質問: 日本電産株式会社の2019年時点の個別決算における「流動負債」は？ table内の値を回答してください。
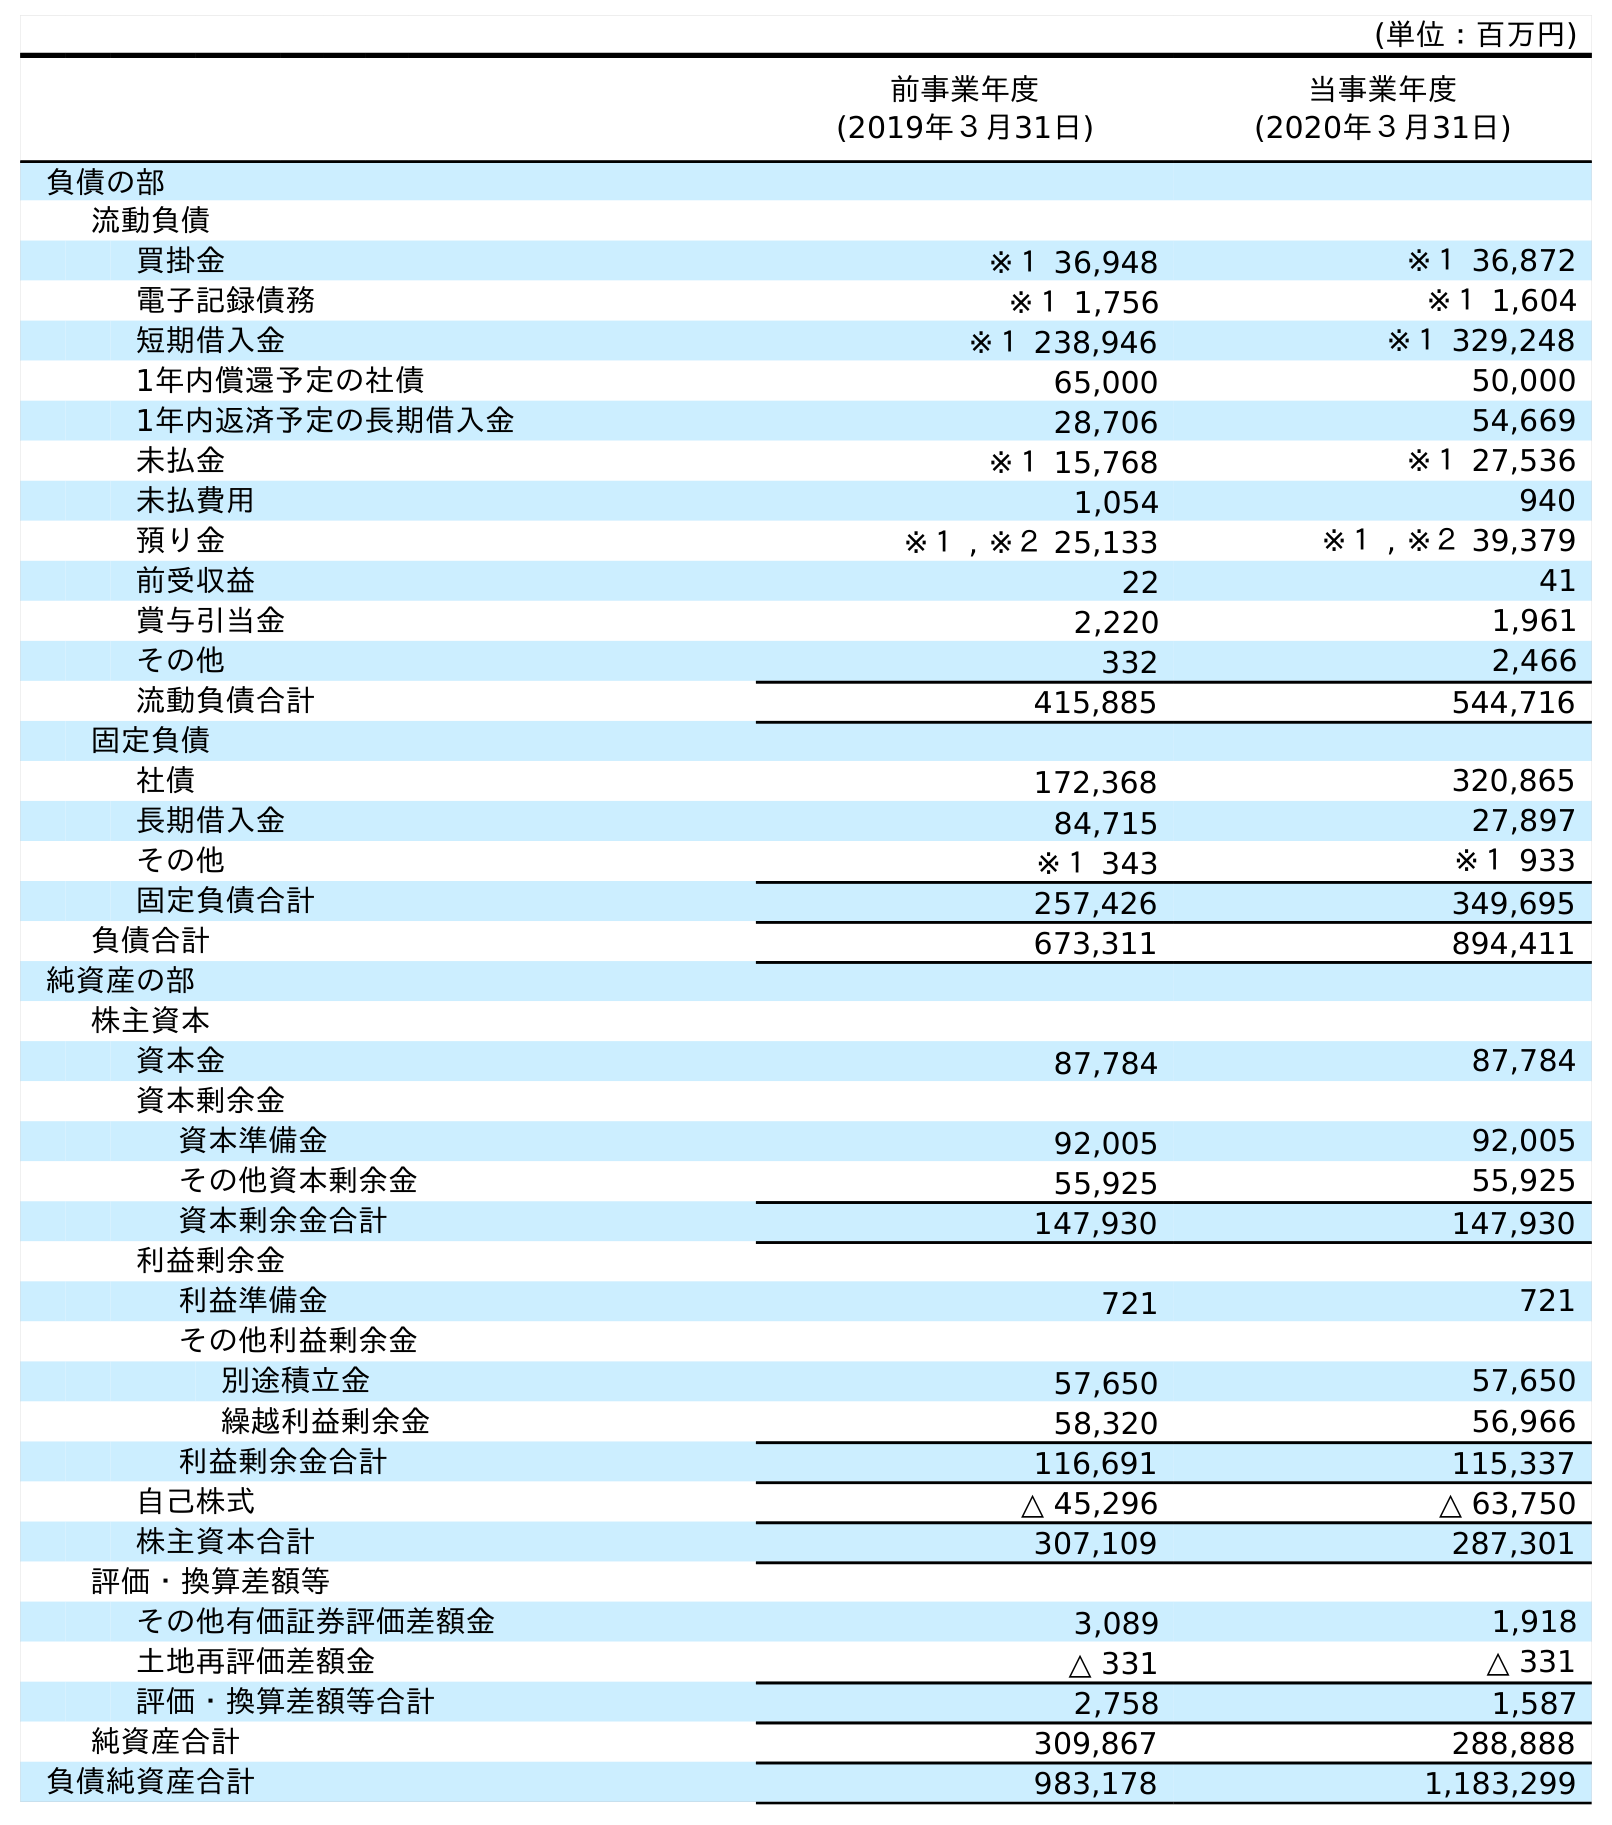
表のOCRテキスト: (単位：百万円) 前事業年度 (2019年３月31日) 当事業年度 (2020年３月31日) 負債の部 流動負債 買掛金 ※１ 36,948 ※１ 36,872 電子記録債務 ※１ 1,756 ※１ 1,604 短期借入金 ※１ 238,946 ※１ 329,248 1年内償還予定の社債 65,000 50,000 1年内返済予定の長期借入金 28,706 54,669 未払金 ※１ 15,768 ※１ 27,536 未払費用 1,054 940 預り金 ※１ , ※２ 25,133 ※１ , ※２ 39,379 前受収益 22 41 賞与引当金 2,220 1,961 その他 332 2,466 流動負債合計 415,885 544,716 固定負債 社債 172,368 320,865 長期借入金 84,715 27,897 その他 ※１ 343 ※１ 933 固定負債合計 257,426 349,695 負債合計 673,311 894,411 純資産の部 株主資本 資本金 87,784 87,784 資本剰余金 資本準備金 92,005 92,005 その他資本剰余金 55,925 55,925 資本剰余金合計 147,930 147,930 利益剰余金 利益準備金 721 721 その他利益剰余金 別途積立金 57,650 57,650 繰越利益剰余金 58,320 56,966 利益剰余金合計 116,691 115,337 自己株式 △ 45,296 △ 63,750 株主資本合計 307,109 287,301 評価・換算差額等 その他有価証券評価差額金 3,089 1,918 土地再評価差額金 △ 331 △ 331 評価・換算差額等合計 2,758 1,587 純資産合計 309,867 288,888 負債純資産合計 983,178 1,183,299
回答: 415,885